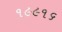
૧૯૯૧૬